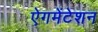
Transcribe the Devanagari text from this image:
ऐगमेंटेशन